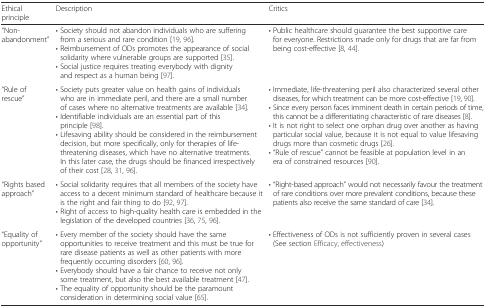
| Ethical principle | Description | Critics |
 | --- | --- | --- |
 | “Non-abandonment” | • Society should not abandon individuals who are suffering from a serious and rare condition [19, 96].• Reimbursement of ODs promotes the appearance of social solidarity where vulnerable groups are supported [35].• Social justice requires treating everybody with dignity and respect as a human being [97]. | • Public healthcare should guarantee the best supportive care for everyone. Restrictions made only for drugs that are far from being cost-effective [8, 44]. |
 | “Rule of rescue” | • Society puts greater value on health gains of individuals who are in immediate peril, and there are a small number of cases where no alternative treatments are available [34].• Identifiable individuals are an essential part of this principle [98].• Lifesaving ability should be considered in the reimbursement decision, but more specifically, only for therapies of life-threatening diseases, which have no alternative treatments. In this later case, the drugs should be financed irrespectively of their cost [28, 31, 96]. | • Immediate, life-threatening peril also characterized several other diseases, for which treatment can be more cost-effective [19, 90].• Since every person faces imminent death in certain periods of time, this cannot be a differentiating characteristic of rare diseases [8].• It is not right to select one orphan drug over another as having particular social value, because it is not equal to value lifesaving drugs more than cosmetic drugs [26].• “Rule of rescue” cannot be feasible at population level in an era of constrained resources [90]. |
 | “Rights based approach” | • Social solidarity requires that all members of the society have access to a decent minimum standard of healthcare because it is the right and fair thing to do [92, 97].• Right of access to high-quality health care is embedded in the legislation of the developed countries [36, 75, 96]. | • “Right-based approach” would not necessarily favour the treatment of rare conditions over more prevalent conditions, because these patients also receive the same standard of care [34]. |
 | “Equality of opportunity” | • Every member of the society should have the same opportunities to receive treatment and this must be true for rare disease patients as well as other patients with more frequently occurring disorders [60, 96].• Everybody should have a fair chance to receive not only some treatment, but also the best available treatment [47].• The equality of opportunity should be the paramount consideration in determining social value [65]. | • Effectiveness of ODs is not sufficiently proven in several cases (See section Efficacy, effectiveness) |